Report of the Hyderabad Chloroform Commission
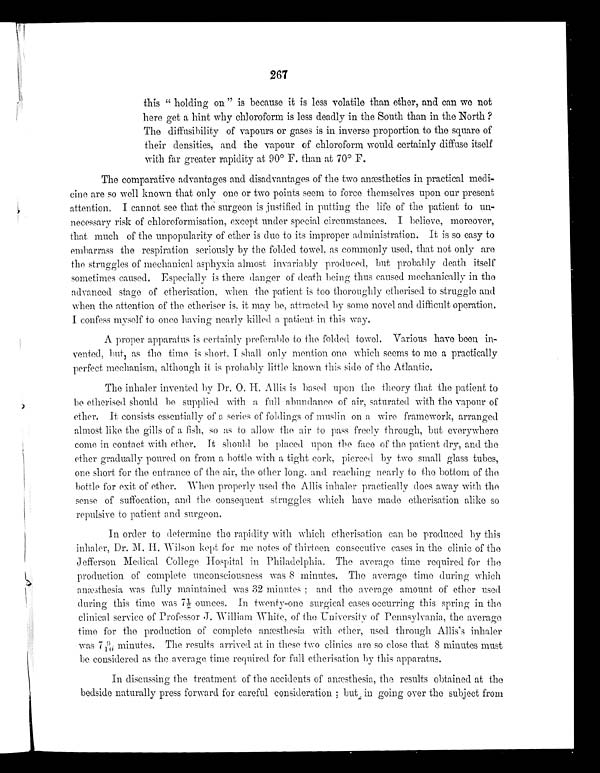
267
this "holding on" is because it is less volatile than ether, and can we not
here get a hint why chloroform is less deadly in the South than in the North?
The diffusibility of vapours or gases is in inverse proportion to the square of
their densities, and the vapour of chloroform would certainly diffuse itself
with far greater rapidity at 90° F. than at 70° F.
The comparative advantages and disadvantages of the two anæsthetics in practical medi-
cine are so well known that only one or two points seem to force themselves upon our present
attention. I cannot see that the surgeon is justified in putting the life of the patient to un-
necessary risk of chloroformisation, except under special circumstances. I believe, moreover,
that much of the unpopularity of ether is due to its improper administration. It is so easy to
embarrass the respiration seriously by the folded towel, as commonly used, that not only are
the struggles of mechanical asphyxia almost invariably produced, but probably death itself
sometimes caused, Especially is there danger of death being thus caused mechanically in the
advanced stage of etherisation, when the patient is too thoroughly etherised to struggle and
when the attention of the etheriser is, it may be, attracted by some novel and difficult operation.
I confess myself to once having nearly killed a patient in this way.
A proper apparatus is certainly preferable to the folded towel. Various have been in-
vented, but, as the time is short, I shall only mention one which seems to me a practically
perfect mechanism, although it is probably little known this side of the Atlantic.
The inhaler invented by Dr. O. H. Allis is based upon the theory that the patient to
be etherised should be supplied with a full abundance of air, saturated with the vapour of
ether. It consists essentially of a series of foldings of muslin on a wire framework, arranged
almost like the gills of a fish, so as to allow the air to pass freely through, but everywhere
come i n cont act wi t h et her. It shoul d be pl aced upon t he face of t he pat i ent dry, and t he
ether gradually poured on from a bottle with a tight cork, pierced by two small glass tubes,
one short for the entrance of the air, the other long. and reaching nearly to the bottom of the
bottle for exit of ether. When properly used the Allis inhaler practically does away with the
sense of suffocation, and the consequent struggles which have made etherisation alike so
repulsive to patient and surgeon.
In order to determine the rapidity with which etherisation can be produced by this
inhaler, Dr. M. H. Wilson kept for me notes of thirteen consecutive cases in the clinic of the
Jefferson Medical College Hospital in Philadelphia. The average time required for the
production of complete unconsciousness was 8 minutes, The average time during which
anæsthesia was fully maintained was 32 minutes; and the average amount of ether used
d u r i n g t h i s t i m e w a s 7 ½ o u n c e s . I n t w e n t y - o n e s u r g i c a l c a s e s o c c u r r i n g t h i s s p r i n g i n t h e
clinical service of Professor J. William White, of the University of Pennsylvania, the average
time for the production of complete anæsthesia with ether, used through Allis's inhaler
was 79/10 minutes. The results arrived at in these two clinics are so close that 8 minutes must
be considered as the average time required for full etherisation by this apparatus.
In discussing the treatment of the accidents of anæsthesia, the results obtained at the
bedside naturally press forward for careful consideration; but in going over the subject from